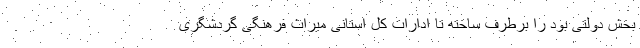
بخش دولتی بود را برطرف ساخته تا ادارات کل استانی میراث فرهنگی گردشگری